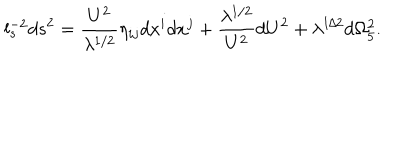
l _ { s } ^ { - 2 } d s ^ { 2 } = { \frac { U ^ { 2 } } { \lambda ^ { 1 / 2 } } } \eta _ { i j } d x ^ { i } d x ^ { j } + { \frac { \lambda ^ { 1 / 2 } } { U ^ { 2 } } } d U ^ { 2 } + \lambda ^ { 1 / 2 } d \Omega _ { 5 } ^ { 2 } .